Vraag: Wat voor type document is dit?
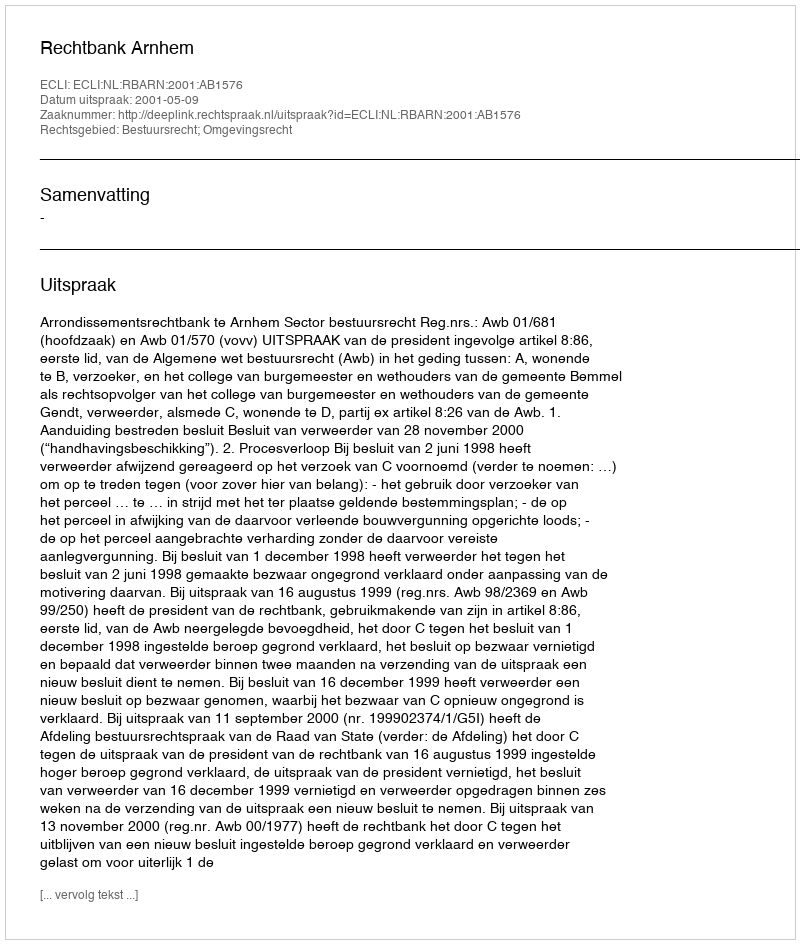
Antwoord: Uitspraak